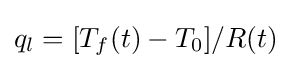
q_{l}=[T_{f}(t)-T_{0}]/R(t)